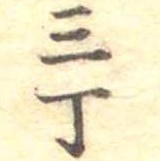
三丁